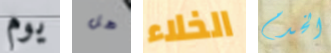
يوم هل الخلاء الخدم